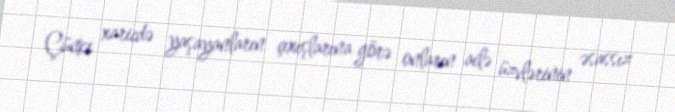
Çünki xaricdə yaşayanların çıxışlarına görə onların ailə üzvlərinin əsassız